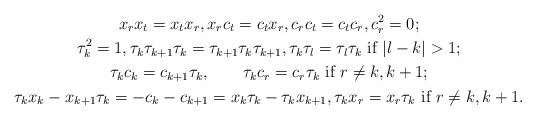
LaTeX: \begin{gather*}x_rx_t=x_tx_r,x_rc_t=c_tx_r,c_rc_t=c_tc_r,c_r^2=0;\\\tau_k^2=1,\tau_k\tau_{k+1}\tau_k=\tau_{k+1}\tau_k\tau_{k+1},\tau_k\tau_l=\tau_l\tau_k \mbox{ if }|l-k|>1;\\\tau_kc_k=c_{k+1}\tau_k,\qquad\tau_kc_r=c_r\tau_k \mbox{ if }r\ne k,k+1;\\\tau_kx_k-x_{k+1}\tau_k=-c_k-c_{k+1}=x_{k}\tau_k-\tau_kx_{k+1},\tau_kx_r=x_r\tau_k \mbox{ if }r\ne k,k+1.\end{gather*}